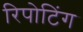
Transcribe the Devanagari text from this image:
रिपोटिंग